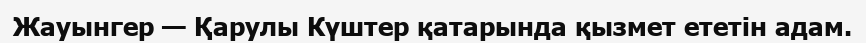
Жауынгер — Қарулы Күштер қатарында қызмет ететін адам.